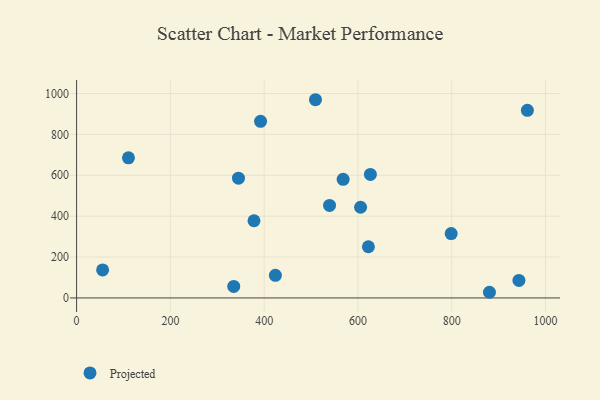
{"axis": {"x": "Price", "y": "Sales"}, "legend": ["Projected"], "data": [{"x": "335.1", "y": 56.5, "type": "Projected"}, {"x": "509.4", "y": 969.6, "type": "Projected"}, {"x": "798.8", "y": 314.9, "type": "Projected"}, {"x": "626.5", "y": 604.0, "type": "Projected"}, {"x": "943.3", "y": 85.7, "type": "Projected"}, {"x": "622.3", "y": 250.3, "type": "Projected"}, {"x": "961.3", "y": 917.6, "type": "Projected"}, {"x": "392.3", "y": 864.1, "type": "Projected"}, {"x": "423.9", "y": 110.4, "type": "Projected"}, {"x": "345.2", "y": 585.8, "type": "Projected"}, {"x": "880.4", "y": 27.7, "type": "Projected"}, {"x": "378.3", "y": 377.7, "type": "Projected"}, {"x": "605.6", "y": 443.5, "type": "Projected"}, {"x": "568.4", "y": 580.1, "type": "Projected"}, {"x": "539.4", "y": 452.5, "type": "Projected"}, {"x": "55.5", "y": 137.1, "type": "Projected"}, {"x": "110.6", "y": 685.4, "type": "Projected"}]}